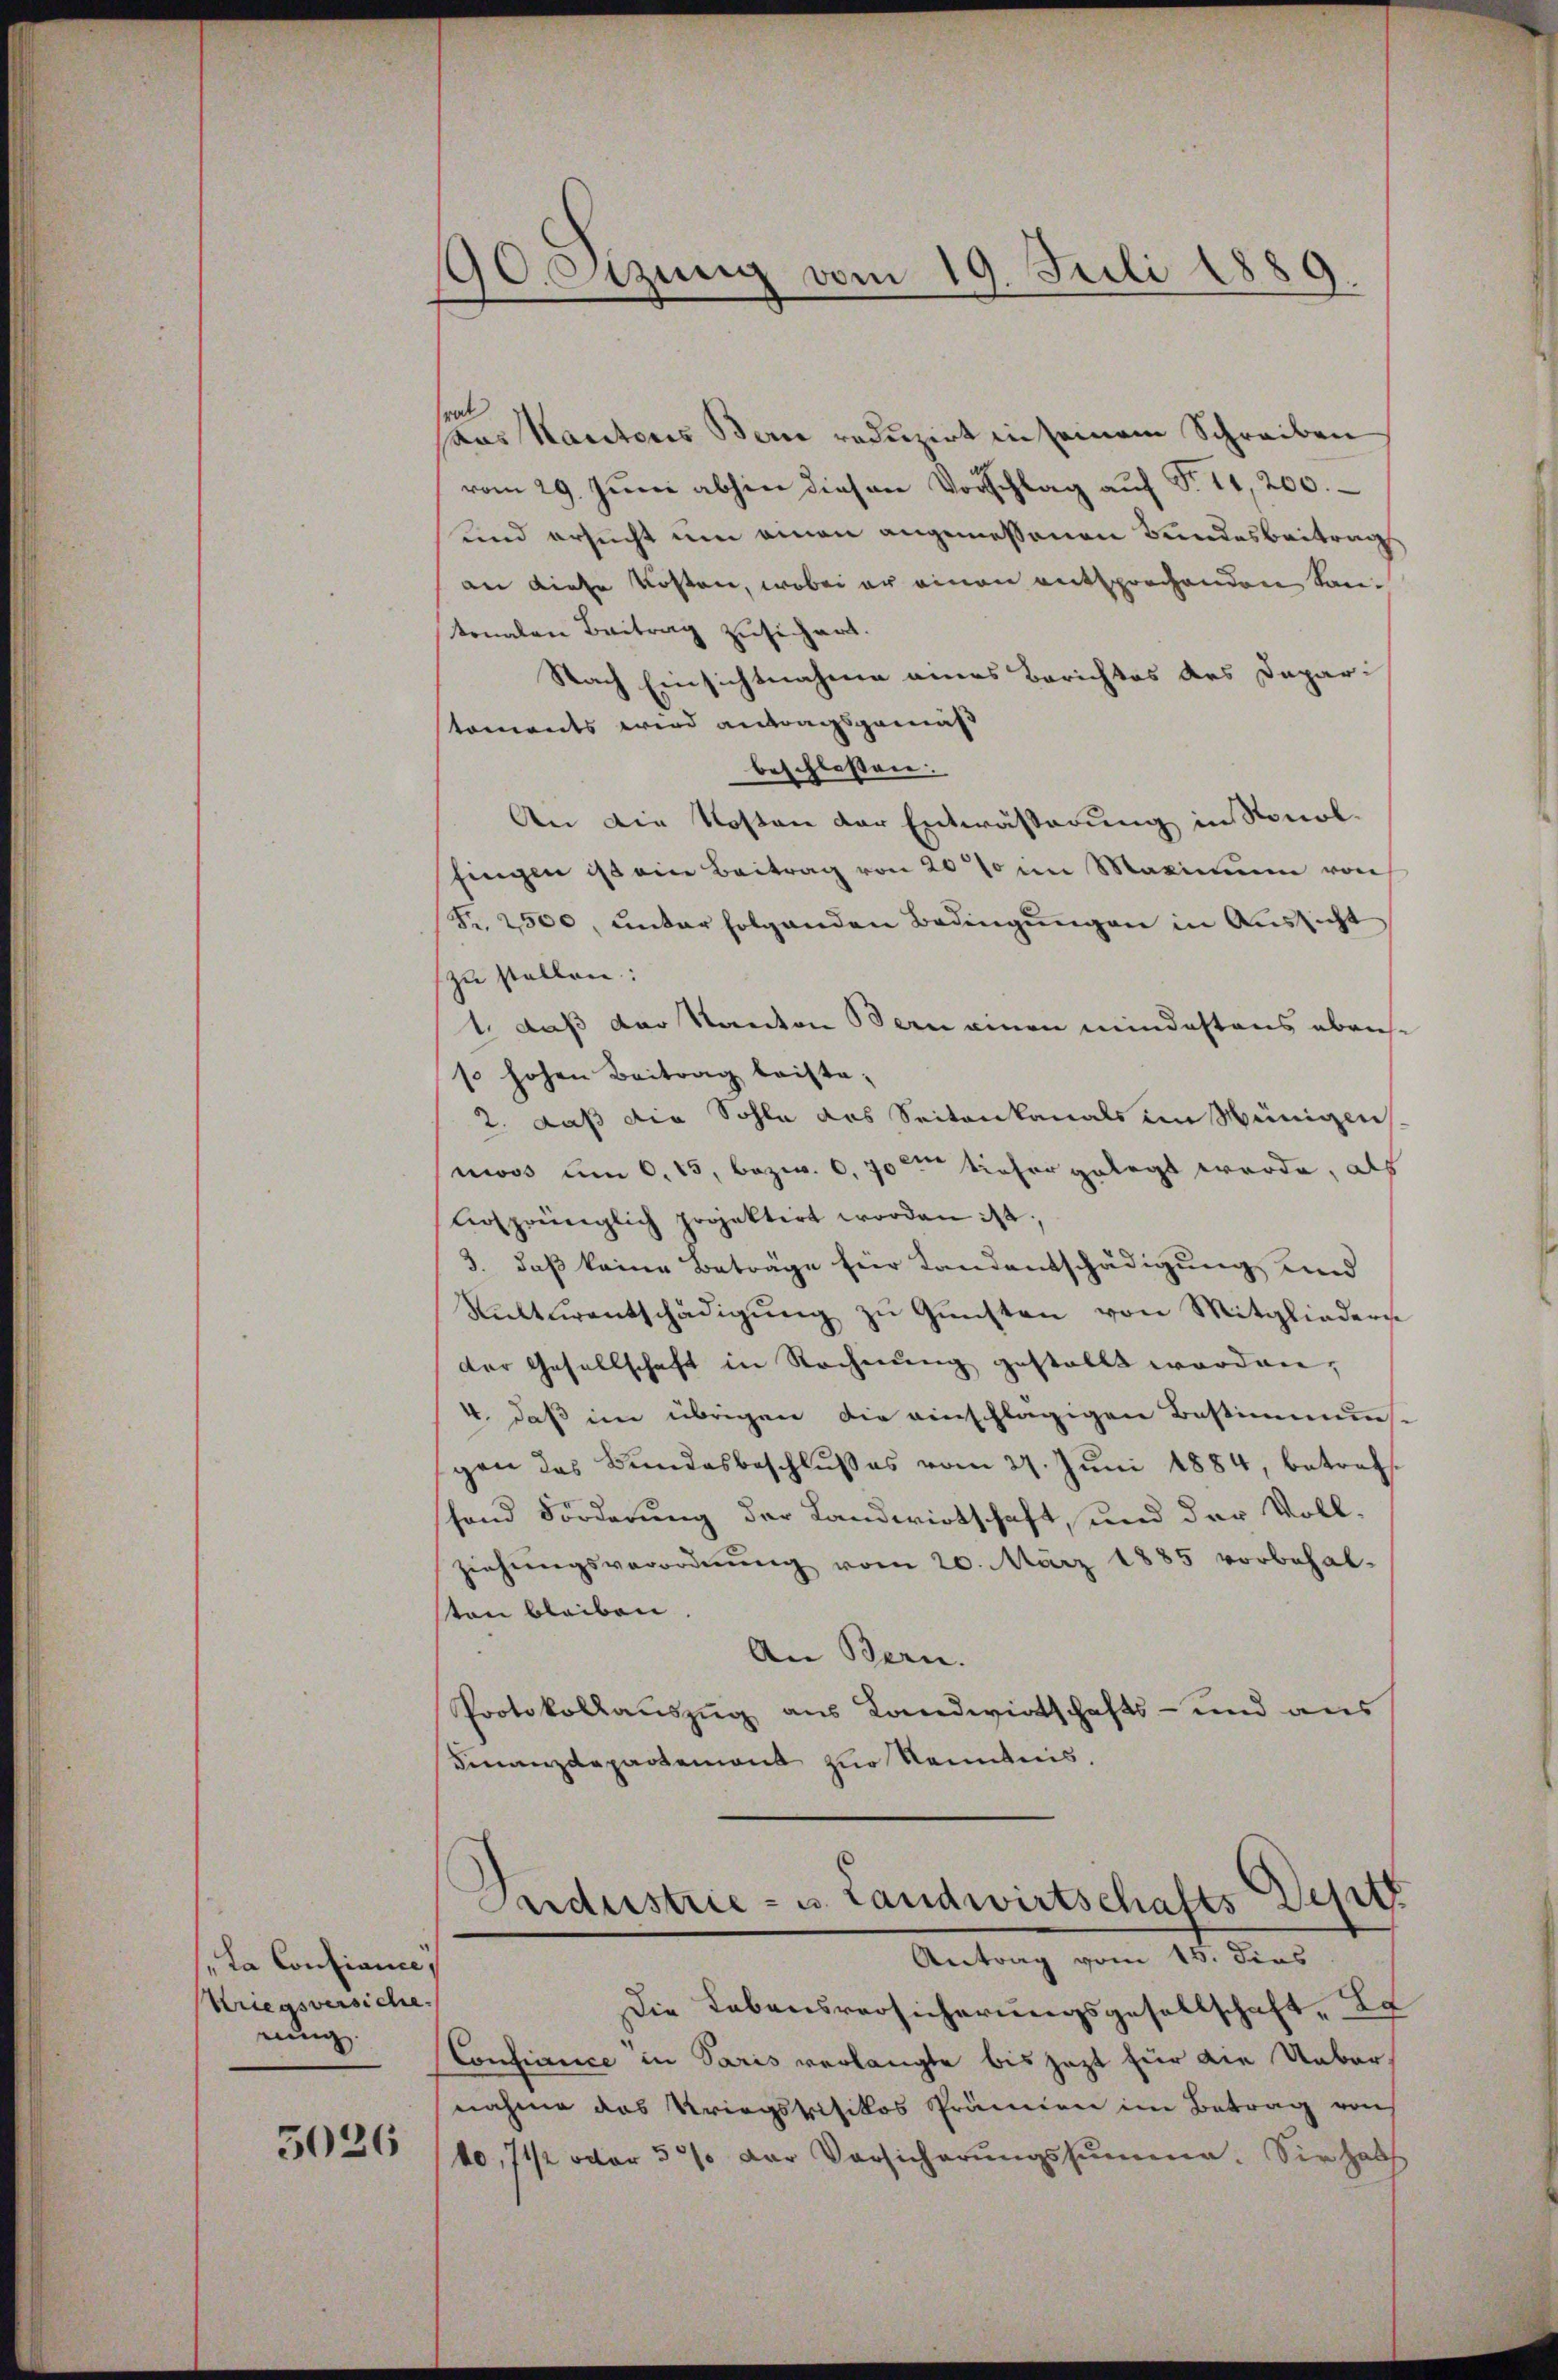
La Confiance,
Kriegsversiche.
rung.

3026

190eizung vom 19. Juli 1889.

rat
paas Kantons Bern reduzirt in seinem Schreiben
vom 29. Juni abhin diesen Vorschlag auf Fr. 11, 200.
und ersucht um einen angemessenen Bundesbeitrag
an diese Kosten, wobei er einen entsprechenden Kantonalen Beitrag zusichert.
Nach Einsichtnahme eines Berichtes des Dapari
toments wird antragsgemäß
beschlossen.
An die Kosten der Entwässerung in Ronolfingen ist ein Beitrag von 20% im Maximum von
Fr. 2500, unter folgenden Bedingungen in Aussicht
zu stellen:
1. daß der Kanton Bern einen mindestens ebens
so hohen Beitrag leiste-
2. daß die Sohle das Seitenkanals im Wenigen
niss um 6. 15, bezw. 6, 70 ten tiefer gelegt werde, als
hrsprünglich projektirt worden ist.
3. daß keine Betrage für Landentschädigung und
Kulturentschädigung zu Gunsten von Mitgliederse
der Gesellschaft in Rechnung gestellt worden,
4. daß im übrigen die einschlägigen Bestimmuns.
gen des Bundesbeschlußes vom 27. Juni 1884, betreff
fand Förderung der Landwirtschaft, und der Vollziehŭngsverordnŭng vom 20. März 1885 vorbehal-
ten bleiben.
An Bern.
Protokollauszug aus Landwirtschafts- und aus
Finanzdepartement zur Kenntnis,

Die Lebensversicherungsgesellschaft, da
Confiance in Paris verlangte bis jezt für die Uebernahme das Kriegstrisikos Prämien im Betrag von
10,71/2 oder 5 % der Vorsicherŭngssumme. Sie hab

Industrie - u. Landwirtschafts-Dept
Antrag vom 15. dies